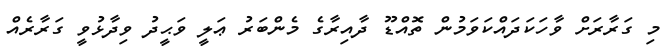
މި ގަރާރަށް ވާހަކަދައްކަވަމުން ތޮއްޑޫ ދާއިރާގެ މެންބަރު ޢަލީ ވަޙީދު ވިދާޅުވީ ގަރާރެއް